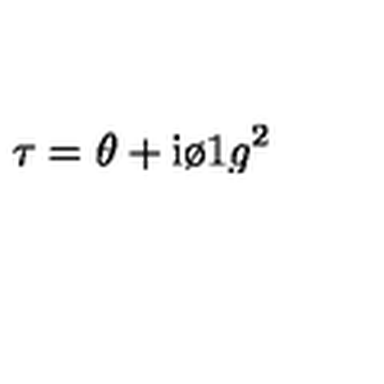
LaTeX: \tau = \theta + \mathrm { i } { \o { 1 } { g ^ { 2 } } }